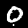
Digit: 0